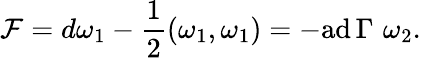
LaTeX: {\cal F}=d\omega_{1}-{\frac{1}{2}}(\omega_{1},\omega_{1})=-\mathrm{ad}\, \Gamma\, \, \omega_{2}.